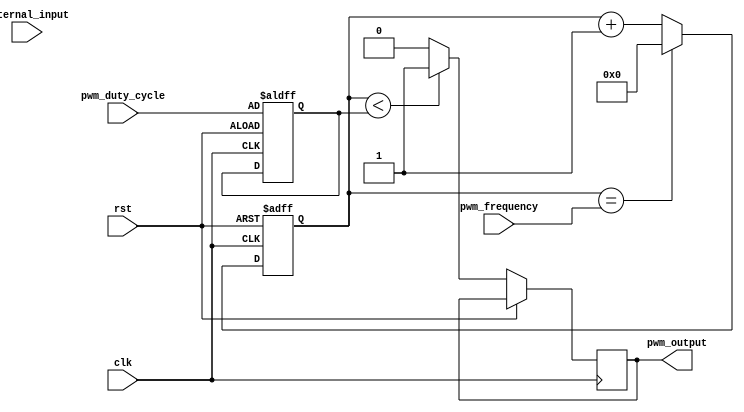
module pwm_pulse_generator (
    input wire clk,
    input wire rst,
    input wire external_input,
    input wire [7:0] pwm_duty_cycle,
    input wire [15:0] pwm_frequency,
    output reg pwm_output
);

// Timing control and synchronization blocks

reg [15:0] counter;
reg [7:0] comparator;

always @ (posedge clk or posedge rst) begin
    if (rst) begin
        counter <= 0;
        comparator <= pwm_duty_cycle;
    end else begin
        counter <= counter + 1;
        if (counter == pwm_frequency) begin
            counter <= 0;
        end
        
        if (counter < comparator) begin
            pwm_output <= 1;
        end else begin
            pwm_output <= 0;
        end
    end
end

endmodule